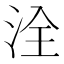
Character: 洤